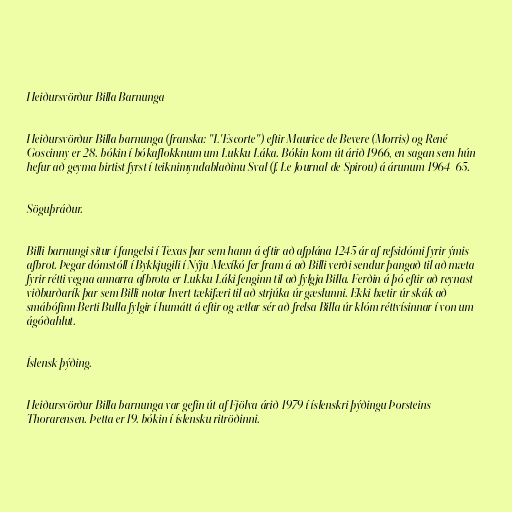
Heiðursvörður Billa Barnunga

Heiðursvörður Billa barnunga (franska: "L'Escorte") eftir Maurice de Bevere (Morris) og René
Goscinny er 28. bókin í bókaflokknum um Lukku Láka. Bókin kom út árið 1966, en sagan sem hún
hefur að geyma birtist fyrst í teiknimyndablaðinu Sval (f. Le Journal de Spirou) á árunum 1964-65.

Söguþráður.

Billi barnungi situr í fangelsi í Texas þar sem hann á eftir að afplána 1245 ár af refsidómi fyrir ýmis
afbrot. Þegar dómstóll í Bykkjugili í Nýju Mexíkó fer fram á að Billi verði sendur þangað til að mæta
fyrir rétti vegna annarra afbrota er Lukku Láki fenginn til að fylgja Billa. Ferðin á þó eftir að reynast
viðburðarík þar sem Billi notar hvert tækifæri til að strjúka úr gæslunni. Ekki bætir úr skák að
smábófinn Berti Bulla fylgir í humátt á eftir og ætlar sér að frelsa Billa úr klóm réttvísinnar í von um
ágóðahlut.

Íslensk þýðing.

Heiðursvörður Billa barnunga var gefin út af Fjölva árið 1979 í íslenskri þýðingu Þorsteins
Thorarensen. Þetta er 19. bókin í íslensku ritröðinni.